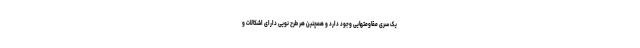
یک سری مقاومتهایی وجود دارد و همچنین هر طرح نویی دارای اشکالات و